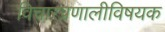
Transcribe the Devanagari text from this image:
विचारप्रणालीविषयक